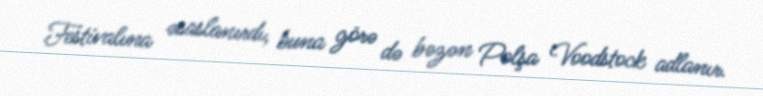
Festivalına əsaslanırdı, buna görə də bəzən Polşa Voodstock adlanır.